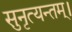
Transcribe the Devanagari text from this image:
सुनृत्यन्तम्‌।